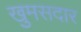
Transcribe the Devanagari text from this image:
खुमसदार